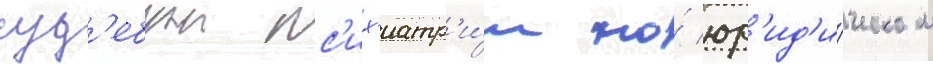
суд'ебнои пс'их'иатр'и́и на́ юр'ид'и́ческом